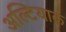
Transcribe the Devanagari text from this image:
अल्टियाक